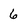
Character: 6